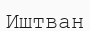
Иштван